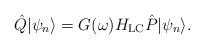
LaTeX: \begin{align*}\hat{Q}|\psi_n\rangle = G(\omega)H_{\rm LC} \hat{P}|\psi_n\rangle.\end{align*}